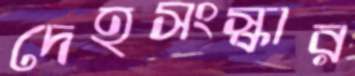
দেহসংস্কার